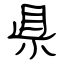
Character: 県